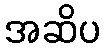
အဆိပ